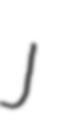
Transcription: J